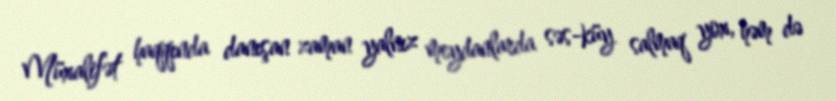
Müxalifət haqqında danışan zaman yalnız meydanlarda səs-küy salmaq yox, həm də